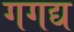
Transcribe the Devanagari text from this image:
गगद्य